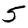
Digit: 5